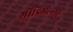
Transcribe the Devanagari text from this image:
गोंडिमल्ला